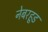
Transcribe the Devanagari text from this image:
नेबरहूड